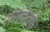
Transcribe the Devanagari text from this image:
संसदेतर्फे